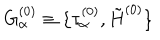
G _ { \alpha } ^ { ( 0 ) } \equiv \{ \tau _ { \alpha } ^ { ( 0 ) } , \tilde { H } ^ { ( 0 ) } \} \nonumber